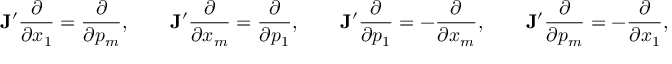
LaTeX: { \bf J } ^ { \prime } \frac { \partial } { \partial x _ { 1 } } = \frac { \partial } { \partial p _ { m } } , \qquad { \bf J } ^ { \prime } \frac { \partial } { \partial x _ { m } } = \frac { \partial } { \partial p _ { 1 } } , \qquad { \bf J } ^ { \prime } \frac { \partial } { \partial p _ { 1 } } = - \frac { \partial } { \partial x _ { m } } , \qquad { \bf J } ^ { \prime } \frac { \partial } { \partial p _ { m } } = - \frac { \partial } { \partial x _ { 1 } } , \qquad